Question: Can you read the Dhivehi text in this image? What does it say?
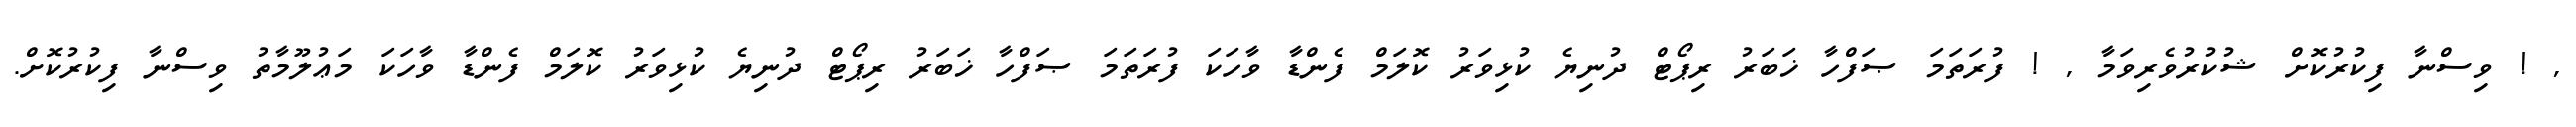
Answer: , ! ވިސްނާ ފިކުރުކޮށް ޝުކުރުވެރިވަމާ , ! ފުރަތަމަ ޞަފްހާ ޚަބަރު ރިޕޯޓް ދުނިޔެ ކުޅިވަރު ކޮލަމް ފެންޑާ ވާހަކަ ފުރަތަމަ ޞަފްހާ ޚަބަރު ރިޕޯޓް ދުނިޔެ ކުޅިވަރު ކޮލަމް ފެންޑާ ވާހަކަ މަޢުލޫމާތު ވިސްނާ ފިކުރުކޮށް.